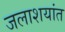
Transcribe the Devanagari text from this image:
जलाशयांत